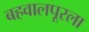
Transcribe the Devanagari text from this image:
बहवालपूरला